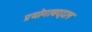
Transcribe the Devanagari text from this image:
प्रयोगाबद्दल